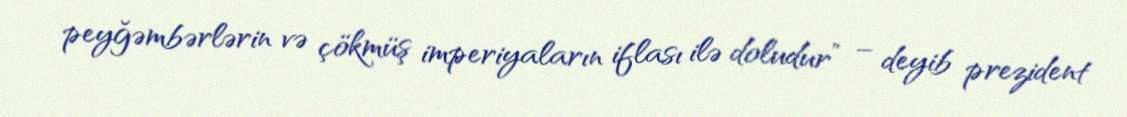
peyğəmbərlərin və çökmüş imperiyaların iflası ilə doludur” – deyib prezident